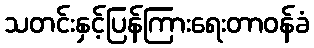
သတင်းနှင့်ပြန်ကြားရေးတာဝန်ခံ